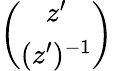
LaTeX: \left(\begin{array}{c}{z^{\prime}}\\ {(z^{\prime})^{-1}}\end{array}\right)